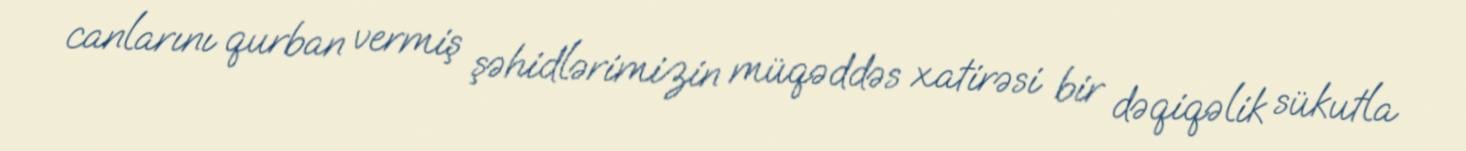
canlarını qurban vermiş şəhidlərimizin müqəddəs xatirəsi bir dəqiqəlik sükutla